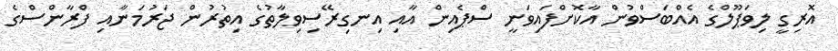
އޮރިގީ ލިވަޕޫލްގެ އެއްބަސްވުން އާކޮށްފައިވަނީ ސްޕެއިން އާއި އިނގިރޭސިވިލާތުގެ އިތުރުން ޖަރުމަނާއި ފްރާންސްގެ